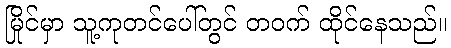
မြိုင်မှာ သူ့ကုတင်ပေါ်တွင် တဝက် ထိုင်နေသည်။